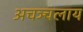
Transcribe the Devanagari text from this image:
अचञ्चलाय